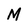
Character: M